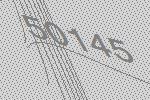
50145